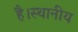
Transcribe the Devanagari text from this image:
है।स्थानीय